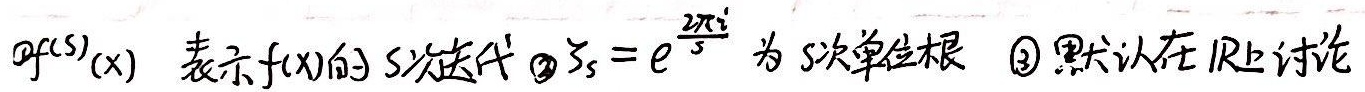
\textcircled{1} \(f^{(5)}(x)\) 表示 \(f(x)\) 的 \(5\) 次迭代
\textcircled{2} \(\zeta_{5}=e^{\frac{2\pi i}{5}}\) 为 \(5\) 次单位根
\textcircled{3} 默认为在 \(\mathbb{R}\) 上讨论